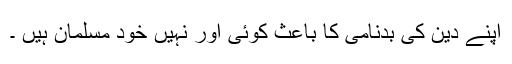
اپنے دین کی بدنامی کا باعث کوئی اور نہیں خود مسلمان ہیں ۔